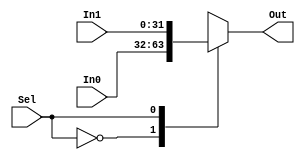
module Mux(In0,In1,Sel,Out);
    parameter D_Width = 32;
    input Sel;
    input [D_Width-1:0] In0, In1;
    output reg [D_Width-1:0]Out;
    
    always@(*)begin
        case(Sel)
            1'b0: Out = In0;
            1'b1: Out = In1;
        endcase
    end
endmodule